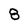
Character: 8